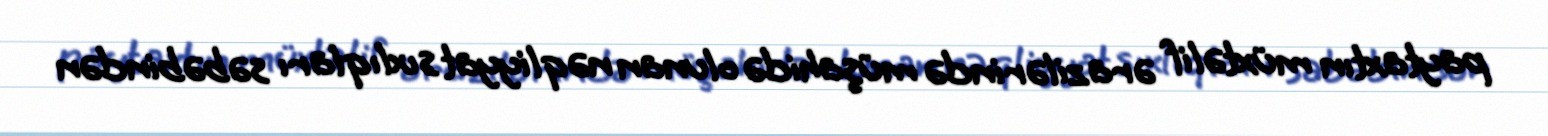
paytaxtın müxtəlif ərazilərində müşahidə olunan nəqliyyat sıxlıqları səbəbindən